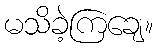
မသိခဲ့ကြချေ။